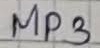
Text: MP3